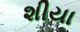
શીયા